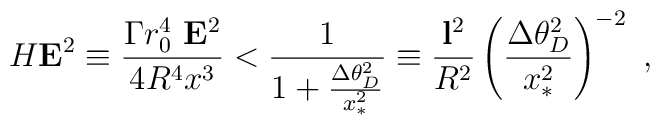
H {\bf E}^2\equiv \frac {\Gamma r_0^4\ {\bf E}^2 }{4R^4 x^3} <\frac{1}{1+ \frac{\Delta \theta_D^2}{x_*^2}}\equiv \frac {{\bf l}^2 }{R^2} \left(\frac{\Delta\theta_D^2}{x_*^2}\right) ^{-2}\ ,